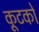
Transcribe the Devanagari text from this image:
कूटकों